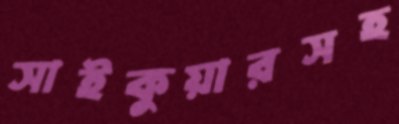
সাইকুয়ারসহ